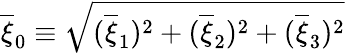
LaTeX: \overline{{\xi}}_{0}\equiv\sqrt{(\overline{{\xi}}_{1})^{2}+(\overline{{\xi}}_{2})^{2}+(\overline{{\xi}}_{3})^{2}}